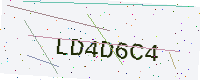
Text: LD4D6C4